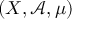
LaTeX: ( X , { \mathcal { A } } , \mu )